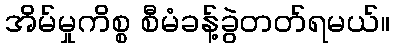
အိမ်မှုကိစ္စ စီမံခန့်ခွဲတတ်ရမယ်။